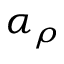
\alpha _ { \rho }